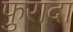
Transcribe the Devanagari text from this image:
फुरादा